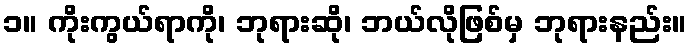
၁။ ကိုးကွယ်ရာကို၊ ဘုရားဆို၊ ဘယ်လိုဖြစ်မှ ဘုရားနည်း။